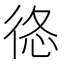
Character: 𢓿